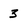
Character: 3